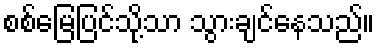
စစ်မြေပြင်သို့သာ သွားချင်နေသည်။